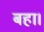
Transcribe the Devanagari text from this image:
बहा।